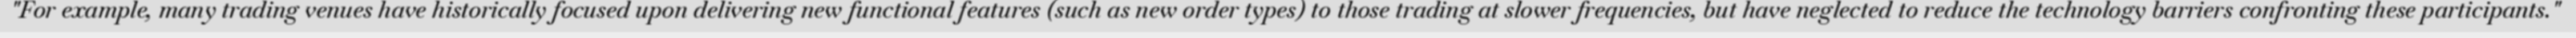
"For example, many trading venues have historically focused upon delivering new functional features (such as new order types) to those trading at slower frequencies, but have neglected to reduce the technology barriers confronting these participants."